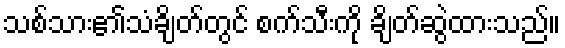
သစ်သား၏သံချိတ်တွင် စက်သီးကို ချိတ်ဆွဲထားသည်။